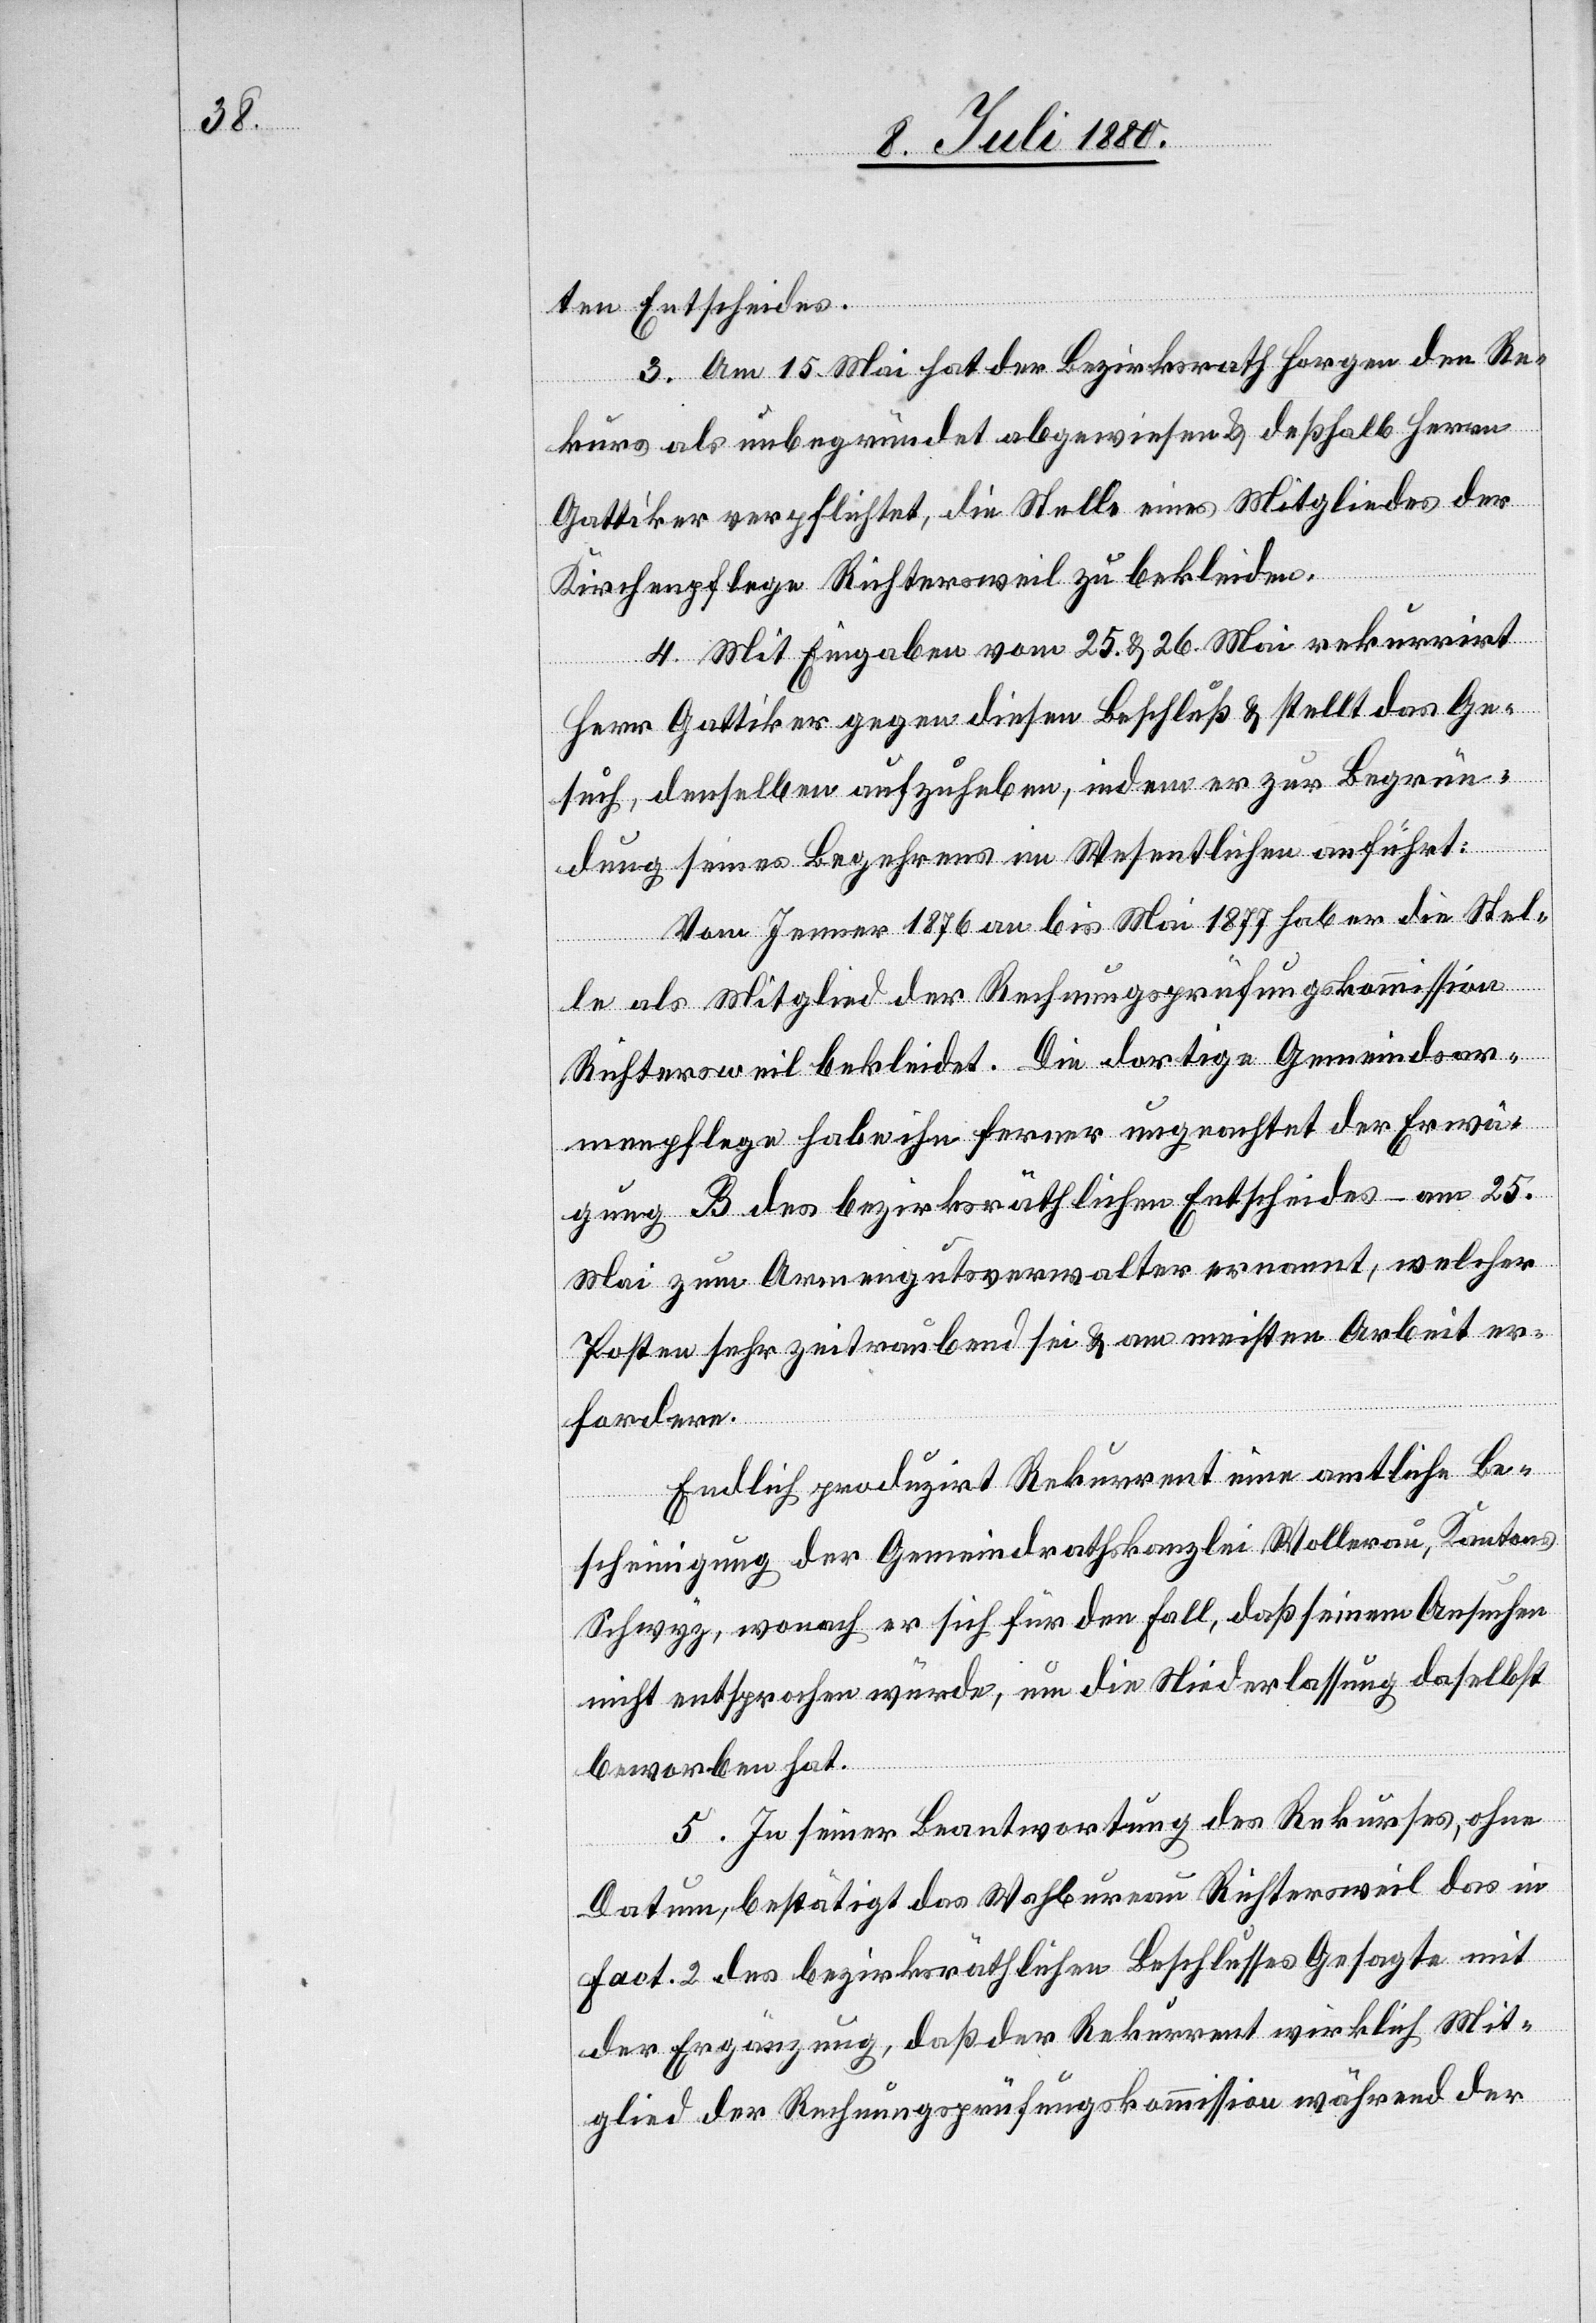
ten Entscheides.
3. Am 15. Mai hat der Bezirksrath Horgen den Re¬
kurs als unbegründet abgewiesen& deßhalb Herren
Gattiker verpflichtet, die Stelle eines Mitgliedes der
Kirchenpflege Richtersweil zu bekleiden.
4. Mit Eingaben vom 25. & 26. Mai rekurrirt
Herr Gattiker gegen diesen Beschluß & stellt das Ge¬
such, denselben aufzuheben, indem er zur Begrün¬
dung seines Begehrens im Wesentlichen anführt:
Vom Januar 1876 an bis Mai 1877 hab[e] er die Stel¬
le als Mitglied der Rechnungsprüfungskommission
Richtersweil bekleidet. Die dortige Gemeindsar¬
menpflege habe ihn ferner ungeachtet der Erwä¬
gung B des bezirksräthlichen Entscheides am 25.
Mai zum Armengutsverwalter ernannt, welcher
Posten sehr zeitraubend sei & am meisten Arbeit er¬
fordere.
Endlich produzirt Rekurrent eine amtliche Be¬
scheinigung der Gemeindrathskanzlei Wollerau, Kantons
Schwyz, wonach er sich für den Fall, daß seinem Ansuchen
nicht entsprochen würde, um die Niederlassung daselbst
beworben hat.
5. In seiner Beantwortung des Rekurses, ohne
Datum, bestätigt das Wah[l]bureau Richtersweil das in
Fact. 2 des bezirksräthlichen Beschlusses Gesagte mit
der Ergänzung, daß der Rekurrent wirklich Mit¬
glied der Rechnungsprüfungskommission während der